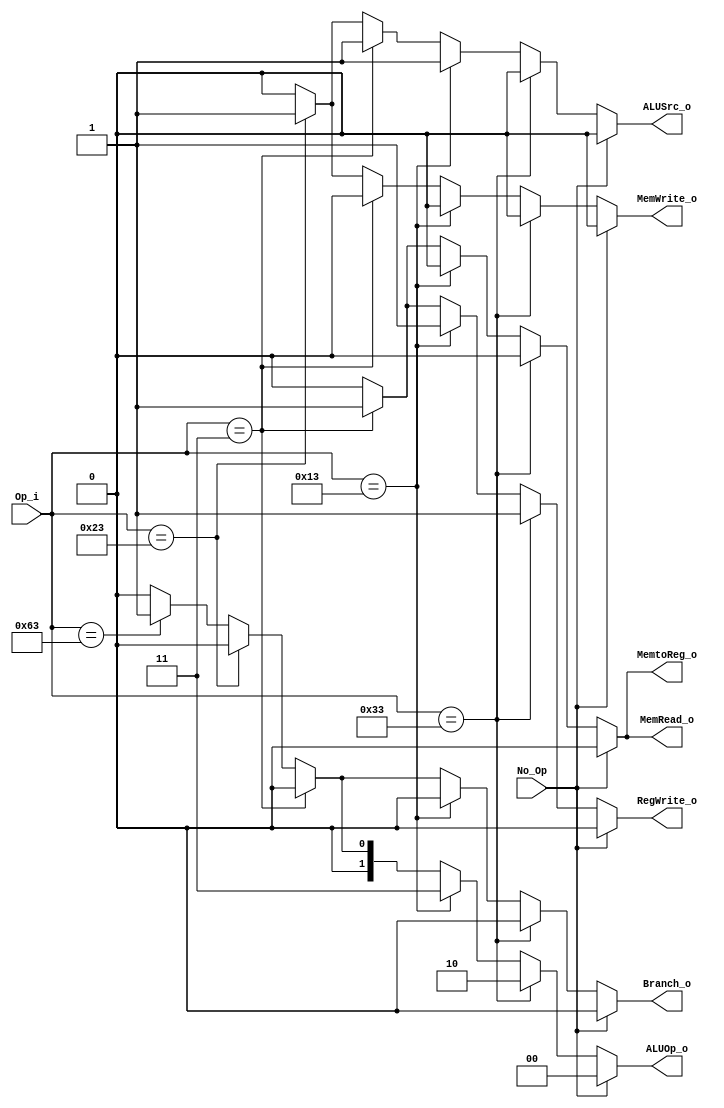
module Control(
    No_Op,
    Op_i,
    ALUOp_o,
    ALUSrc_o,
    RegWrite_o,
    MemtoReg_o,
    MemRead_o,
    MemWrite_o,
    Branch_o
);

input No_Op;
input [6:0] Op_i;
output [1:0] ALUOp_o;
output ALUSrc_o;
output RegWrite_o;
output MemtoReg_o;
output MemRead_o;
output MemWrite_o;
output Branch_o;

reg [1:0] ALUOp_o;
reg ALUSrc_o,RegWrite_o,MemtoReg_o,MemRead_o,MemWrite_o,Branch_o;

always @(*)begin
    if(!No_Op)begin
        if(Op_i==7'b0110011)begin //and xor all add sub mul 
            ALUOp_o = 2'b10;
            ALUSrc_o = 1'b0;
            RegWrite_o = 1'b1;
            MemtoReg_o = 1'b0;
            MemRead_o = 1'b0;
            MemWrite_o = 1'b0;
            Branch_o = 1'b0;
        end 
        else if(Op_i==7'b0010011)begin //addi srai
            ALUOp_o = 2'b11;
            ALUSrc_o = 1'b1;
            RegWrite_o = 1'b1;
            MemtoReg_o = 1'b0;
            MemRead_o = 1'b0;
            MemWrite_o = 1'b0;
            Branch_o = 1'b0;
        end
        else if(Op_i==7'b0000011)begin //lw
            ALUOp_o = 2'b00;
            ALUSrc_o = 1'b1;
            RegWrite_o = 1'b1;
            MemtoReg_o = 1'b1;
            MemRead_o = 1'b1;
            MemWrite_o = 1'b0;
            Branch_o = 1'b0;
        end
        else if(Op_i==7'b0100011)begin //sw
            ALUOp_o = 2'b00;
            ALUSrc_o = 1'b1;
            RegWrite_o = 1'b0;
            MemtoReg_o = 1'b0;
            MemRead_o = 1'b0;
            MemWrite_o = 1'b1;
            Branch_o = 1'b0;    
        end
        else if(Op_i==7'b1100011)begin //beq
            ALUOp_o = 2'b01;
            ALUSrc_o = 1'b0;
            RegWrite_o = 1'b0;
            MemtoReg_o = 1'b0;
            MemRead_o = 1'b0;
            MemWrite_o = 1'b0;
            Branch_o = 1'b1;
        end
        else begin
            ALUOp_o = 2'b00;
            ALUSrc_o = 1'b0;
            RegWrite_o = 1'b0;
            MemtoReg_o = 1'b0;
            MemRead_o = 1'b0;
            MemWrite_o = 1'b0;
            Branch_o = 1'b0;
        end
    end
    else begin
        ALUOp_o = 2'b00;
        ALUSrc_o = 1'b0;
        RegWrite_o = 1'b0;
        MemtoReg_o = 1'b0;
        MemRead_o = 1'b0;
        MemWrite_o = 1'b0;
        Branch_o = 1'b0;
    end
end

endmodule